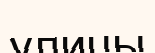
улицы